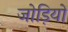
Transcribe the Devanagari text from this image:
जोड़ियों